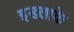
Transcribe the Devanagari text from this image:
इख्लाके